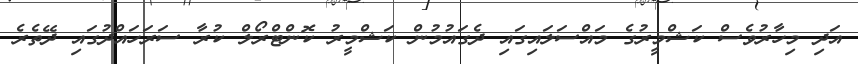
އަދި މިހާރުވެސް ކަޝްމީރުގެ މައްސަލައިގައި ދެގައުމުން ކަޝްމީރު ކޮންޓްރޯލް ކުރާ ސަރަހައްދުގައި ދޭތެރެ